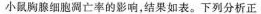
小鼠胸腺细胞凋亡率的影响，结果如表。下列分析正